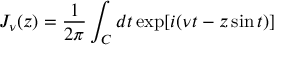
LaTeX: J _ { \nu } ( z ) = \frac { 1 } { 2 \pi } \int _ { C } d t \exp [ i ( \nu t - z \sin t ) ]